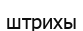
штрихы